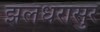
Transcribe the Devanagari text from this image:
झलंधरासुर